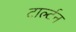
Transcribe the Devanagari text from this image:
टार्ल्टन